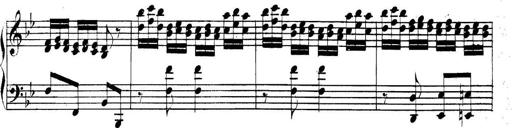
Title: Collected Piano Sonatas
Composer: Muzio Clementi